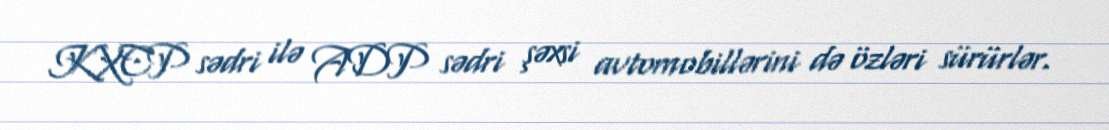
KXCP sədri ilə ADP sədri şəxsi avtomobillərini də özləri sürürlər.